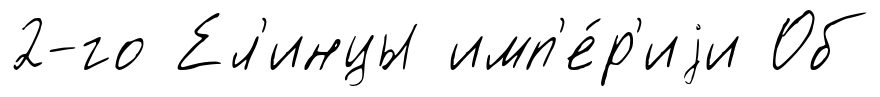
2-го Ел'инцы имп'е́р'иjи Об